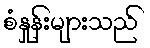
စံနှုန်းများသည်